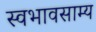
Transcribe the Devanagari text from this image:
स्वभावसाम्य